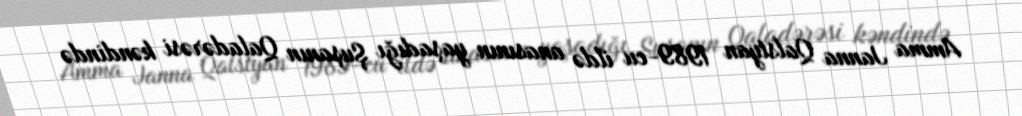
Amma Janna Qalstyan 1989-cu ildə anasının yaşadığı Şuşanın Qaladərəsi kəndində